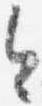
今